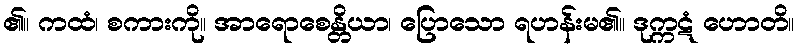
၏။ ကထံ၊ စကားကို။ အာရောစေန္တိယာ၊ ပြောသော ရဟန်းမ၏။ ဒုက္ကဋံ ဟောတိ။